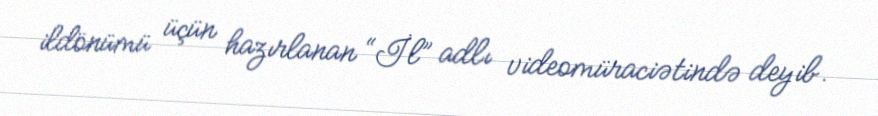
ildönümü üçün hazırlanan “İl” adlı videomüraciətində deyib.